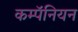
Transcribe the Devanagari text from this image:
कम्पॅनियन